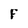
Character: F